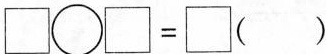
$$\Box \circ \Box = \Box$$( )